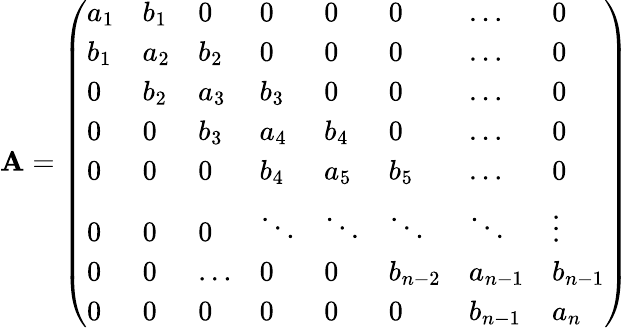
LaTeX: \mathbf{A}=\left(\begin{array}{llllllll}{a_{1}}&{b_{1}}&{0}&{0}&{0}&{0}&{\dots}&{0}\\ {b_{1}}&{a_{2}}&{b_{2}}&{0}&{0}&{0}&{\dots}&{0}\\ {0}&{b_{2}}&{a_{3}}&{b_{3}}&{0}&{0}&{\dots}&{0}\\ {0}&{0}&{b_{3}}&{a_{4}}&{b_{4}}&{0}&{\dots}&{0}\\ {0}&{0}&{0}&{b_{4}}&{a_{5}}&{b_{5}}&{\dots}&{0}\\ {0}&{0}&{0}&{\ddots}&{\ddots}&{\ddots}&{\ddots}&{\vdots}\\ {0}&{0}&{\dots}&{0}&{0}&{b_{n-2}}&{a_{n-1}}&{b_{n-1}}\\ {0}&{0}&{0}&{0}&{0}&{0}&{b_{n-1}}&{a_{n}}\end{array}\right)